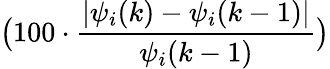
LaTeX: \big(100\cdot\frac{\vert\psi_{i}(k)-\psi_{i}(k-1)\vert}{\psi_{i}(k-1)}\big)